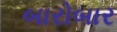
બારોબાર